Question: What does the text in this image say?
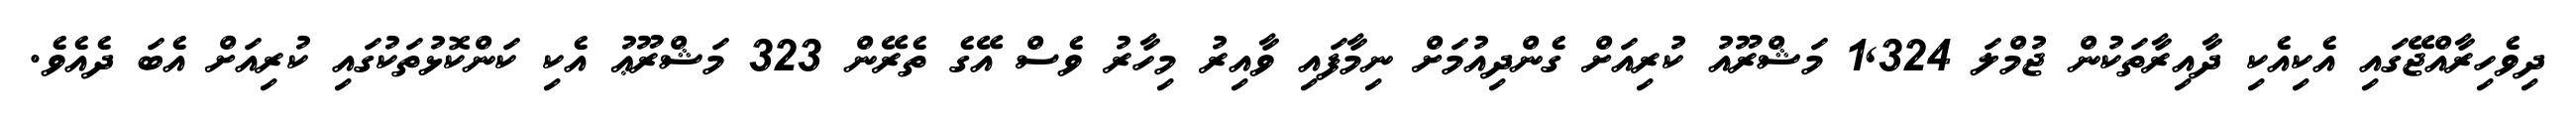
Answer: ދިވެހިރާއްޖޭގައި އެކިއެކި ދާއިރާތަކުން ޖުމްލަ 1,324 މަޝްރޫއު ކުރިއަށް ގެންދިއުމަށް ނިމާފައި ވާއިރު މިހާރު ވެސް އޭގެ ތެރޭން 323 މަޝްރޫޢު އެކި ކަންކޮޅުތަކުގައި ކުރިއަށް އެބަ ދެއެވެ.